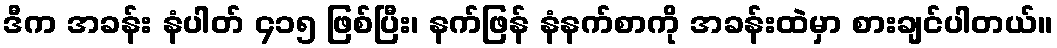
ဒီက အခန်း နံပါတ် ၄၁၅ ဖြစ်ပြီး၊ နက်ဖြန် နံနက်စာကို အခန်းထဲမှာ စားချင်ပါတယ်။